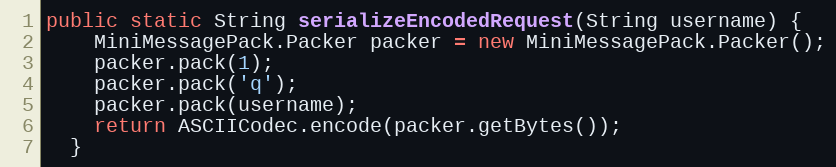
Language: Java
public static String serializeEncodedRequest(String username) {
    MiniMessagePack.Packer packer = new MiniMessagePack.Packer();
    packer.pack(1);
    packer.pack('q');
    packer.pack(username);
    return ASCIICodec.encode(packer.getBytes());
  }